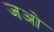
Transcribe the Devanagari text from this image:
जओ